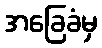
အခြေခံမှ